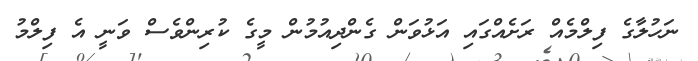
ނަހުލާގެ ފިލްމެއް ރަށެއްގައި އަޅުވަން ގެންދިއުމުން މީގެ ކުރިންވެސް ވަނީ އެ ފިލްމު